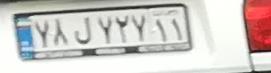
۷۸ل۷۲۷۱۱